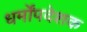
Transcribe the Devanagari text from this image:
धर्मोंपदेशक